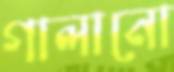
গালানো